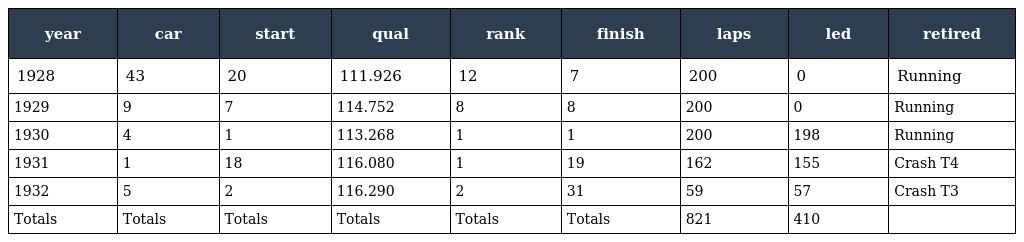
| year | car | start | qual | rank | finish | laps | led | retired |
 | --- | --- | --- | --- | --- | --- | --- | --- | --- |
 | 1928 | 43 | 20 | 111.926 | 12 | 7 | 200 | 0 | Running |
 | 1929 | 9 | 7 | 114.752 | 8 | 8 | 200 | 0 | Running |
 | 1930 | 4 | 1 | 113.268 | 1 | 1 | 200 | 198 | Running |
 | 1931 | 1 | 18 | 116.080 | 1 | 19 | 162 | 155 | Crash T4 |
 | 1932 | 5 | 2 | 116.290 | 2 | 31 | 59 | 57 | Crash T3 |
 | Totals | Totals | Totals | Totals | Totals | Totals | 821 | 410 |  |